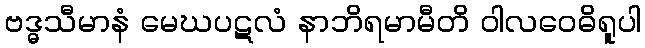
ဗဒ္ဓသီမာနံ မေဃပဋလံ နာဘိရမာမီတိ ဝါလဝေဓိရူပါ